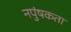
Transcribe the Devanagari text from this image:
नपुंषकता